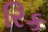
રિક